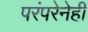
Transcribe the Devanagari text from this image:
परंपरेनेही